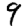
Digit: 9